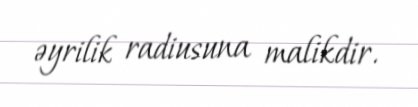
əyrilik radiusuna malikdir.